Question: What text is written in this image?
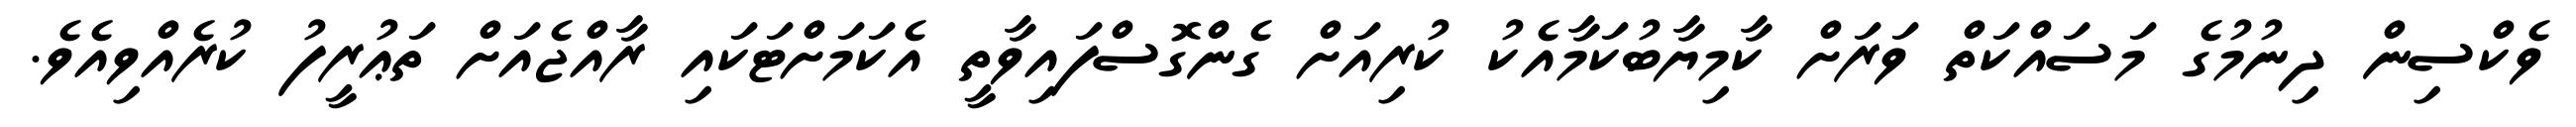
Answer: ވެކްސިން ދިނުމުގެ މަސައްކަތް ވަރަށް ކާމިޔާބުކަމާއެކު ކުރިއަށް ގެންގޮސްފައިވާތީ އެކަމަށްޓަކައި ރާއްޖެއަށް ތަޢުރީފު ކުރެއްވިއެވެ.